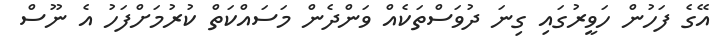
އޭގެ ފަހުން ހަވީރުގައި ގިނަ ދުވަސްތަކެއް ވަންދެން މަސައްކަތް ކުރުމަށްފަހު އެ ނޫސް